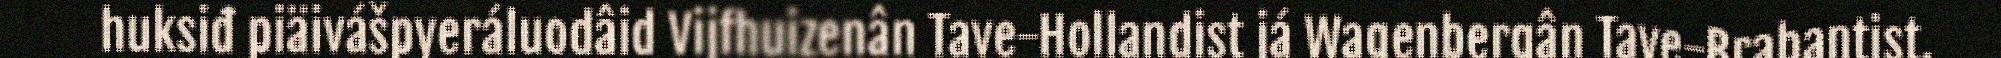
huksiđ piäivášpyeráluodâid Vijfhuizenân Tave-Hollandist já Wagenbergân Tave-Brabantist.